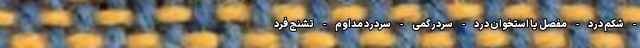
- شکم درد - مفصل یا استخوان درد - سردرگمی - سردرد مداوم - تشنج فرد